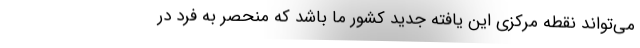
می‌تواند نقطه مرکزی این یافته جدید کشور ما باشد که منحصر به فرد در